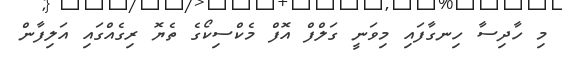
މި ހާދިސާ ހިނގާފައި މިވަނީ ގަލްފް އޮފް މެކްސިކޯގެ ތެޔޮ ރިގެއްގައި އަލިފާން